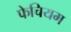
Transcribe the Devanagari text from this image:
फेचियम